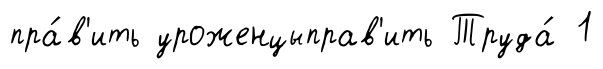
пра́в'ить уроженцыправ'ить Труда́ 1